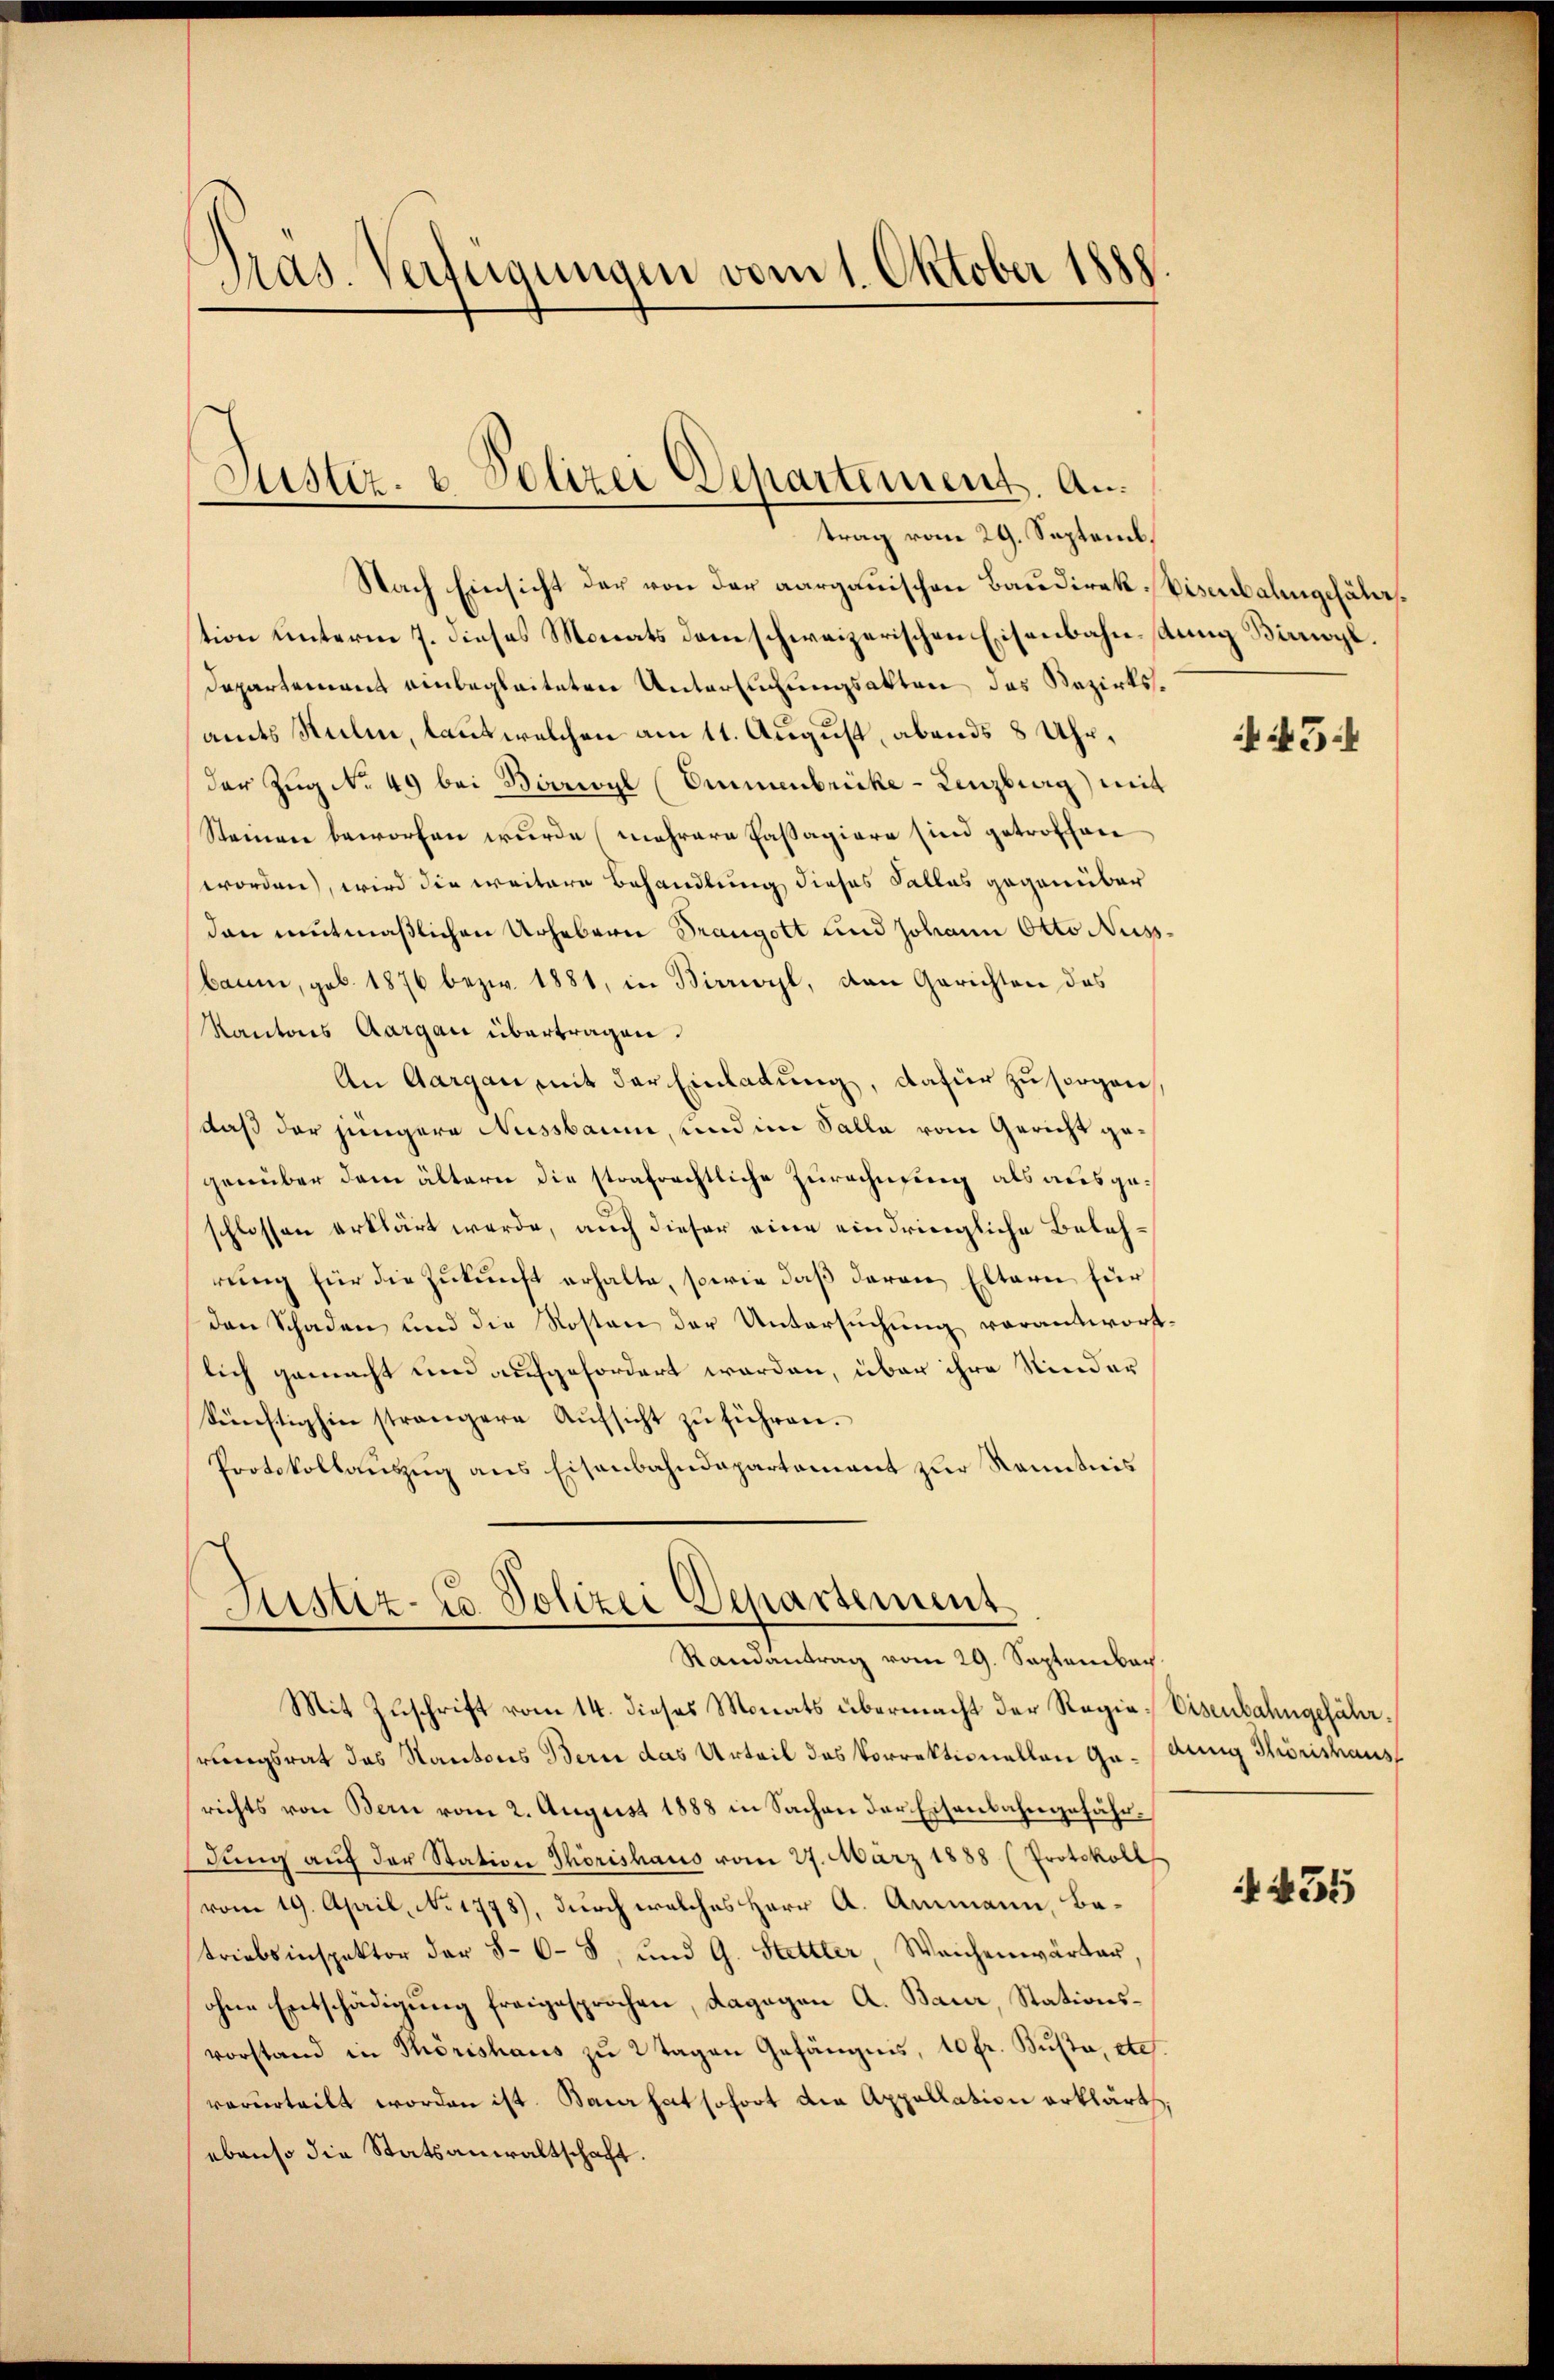
Pras. Verfügungen vom 1. Oktober 1888.

Justiz- & Polizei Departement. An

trag vom 29. Septemb.
Nach Einsicht der von der aargauischen Baudirek-Eisenbalingehälttion unterm 7. dieses Monats dem schweizerischen Eisenbahnstung Birogl.
Departement einbegleiteten Untersuchungsakten das Bezirksamts Stilen, laut welchen am 11. August, abends 8 Uhr,
der Zŭg No 49 bei Borrwyl (Emmenbricke - Lenzburg) mit
Steinen beworfen wurde mehrere Passagiere sind getroffen
worden, wird die weitere Behandlung dieses Falles gegenüber
dan mutmaßlichen Urhebern Drangott und Johann Otto Nuss.
baum, geb. 1876 bezw. 1881, in Birriol, den Gerichten das
Kantons Aargau übertragen.
An Aargau mit der Einladung, dafür zu sorgen
daß der jüngere Nussbaum, und im Salla vom Gericht gegenüber dem ältern die strafrechtliche Zurechnung als ausge¬
.
schlossen erklärt werde, auch dieser eine eindringliche Belehrung für die Zukunft erhalte, sowie daß davon Eltern für
den Schaden und die Kosten der Untersuchung vorantwort-
lich gemacht und aufgefordert worden, über ihre Kinder
künftighin strangere Aŭfsicht zŭ führen.
Protokollauszug aus Eisenbahndepartement zur Kenntnis

Justiz- u. Polizei Departement
Ramantrag vom 29. September.
Mit Zuschrift vom 14. dieses Monats übermacht der Regie-Eisenbahngefähr¬

hrungsrat das Kantons Bern das Urteil das Vorrektionellen Ga-bung Thorishaus
richts von Bern vom 2. August 1888 in Sachen der Eisenbahngefährdŭng aŭf der Station Thorishaus vom 27. März 1888 (Protokoll
vom 19. April, No 1778), durch welches Herr A. Ammann, Batriebsinspektor der 5-6 - 8. und G. Stettler, Weichenwärter,
ohne Entschädigung freigesprochen, dagegen A. Baur, Stationsvorstand in Thorishaus zu 2 Tagen Gefängnis, 10 fr. Busta, etc
verurteilt worden ist. Baur hat sofort die Appellation erklärt
ebenso die Statsanwaltschaft.

45

435